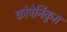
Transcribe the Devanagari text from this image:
कोपेर्निकुस